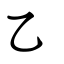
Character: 乙